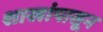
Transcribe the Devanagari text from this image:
शाखांपासून